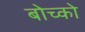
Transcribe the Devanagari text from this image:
बोच्को